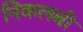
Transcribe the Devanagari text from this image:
निकलबी